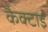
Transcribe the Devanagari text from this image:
कैक्टाई